Mental hospitals Bombay report 1929-33 - 1929-1933
Year: 1929
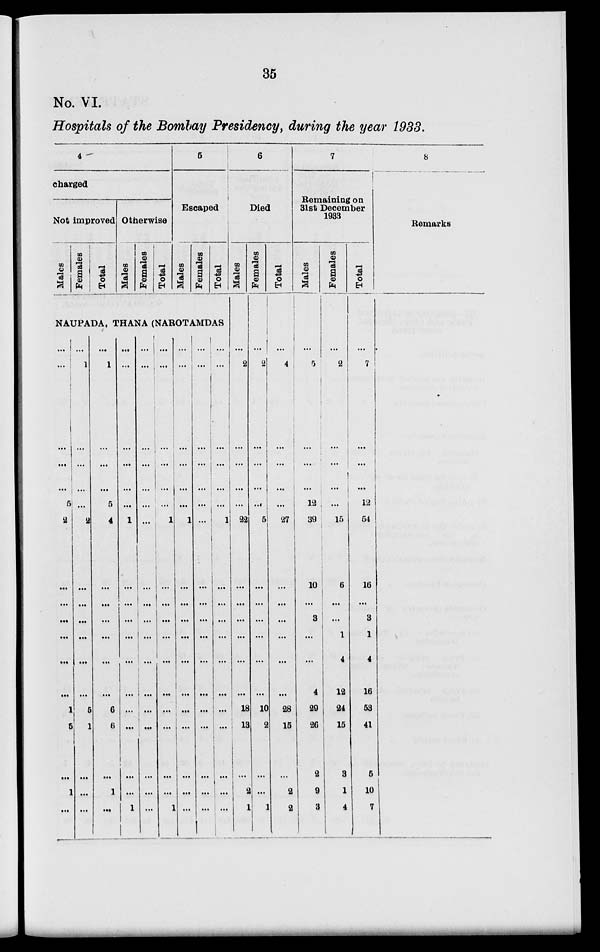
35
No. VI
Hospitals of the Bombay Presidency, during the year 1938.
4
charged
Not Improved
Males
Females
Total
Otherwise
Males
Females
Total
5
Escaped
Males
Females
Total
NAUPADA, THANA (NAROTAMDAS
...
...
...
...
...
5
2
...
...
...
...
...
...
1
5
...
1
...
...
1
...
...
...
...
2
...
...
...
...
...
...
5
1
...
...
...
...
1
...
...
...
5
4
...
...
...
...
...
...
6
6
...
1
...
...
...
...
...
...
...
1
...
...
...
...
...
...
...
...
...
...
1
...
...
...
...
...
...
...
...
...
...
...
...
...
...
...
...
...
...
...
...
...
...
...
1
...
...
...
...
...
...
...
...
...
...
1
...
...
...
...
...
...
1
...
...
...
...
...
...
...
...
...
...
...
...
...
...
...
...
...
...
...
...
...
...
...
...
...
...
...
...
...
...
...
...
...
...
...
1
...
...
...
...
...
...
...
...
...
...
...
6
Died
Males
...
2
...
...
...
...
22
...
...
...
...
...
...
18
13
...
2
1
Females
...
2
...
...
...
...
5
...
...
...
...
...
...
10
2
...
...
1
Total
...
4
...
...
...
...
27
...
...
...
...
...
...
28
15
...
2
2
7
Remaining on
31st December
1933
Males
...
5
...
...
...
12
39
10
...
3
...
...
4
29
26
2
9
3
Females
...
2
...
...
...
...
15
6
...
...
1
4
12
24
15
3
1
4
Total
...
7
...
...
...
12
54
16
...
3
1
4
16
53
41
5
10
7
8
Remarks